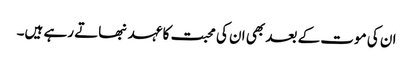
ان کی موت کے بعد بھی ان کی محبت کا عہد نبھاتے رہے ہیں۔